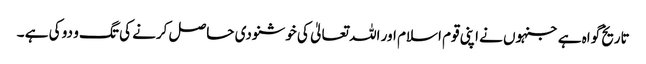
تاریخ گواہ ہے جنہوں نے اپنی قوم اسلام اور اللہ تعالیٰ کی خوشنودی حاصل کرنے کی تگ و دو کی ہے ۔